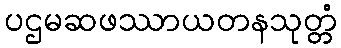
ပဌမဆဖဿာယတနသုတ္တံ